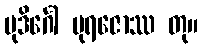
မုဒိင်္ဂေါ မုရဇောဿ တု။